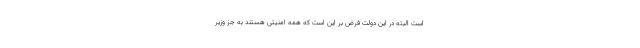
است البته در این دولت فرض بر این است که همه امنیتی هستند به جز وزیر